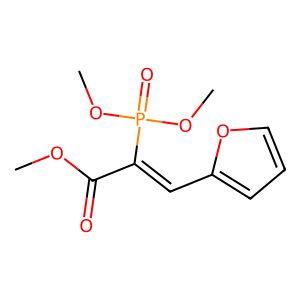
SMILES: COC(=O)C(=Cc1ccco1)P(=O)(OC)OC
Inhibits HIV replication: No